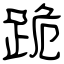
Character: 跪